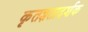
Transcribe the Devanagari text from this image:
कृतज्ञतादर्शक